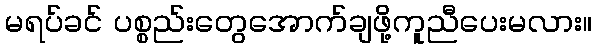
မရပ်ခင် ပစ္စည်းတွေအောက်ချဖို့ကူညီပေးမလား။